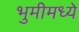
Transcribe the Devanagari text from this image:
भुमीमध्ये